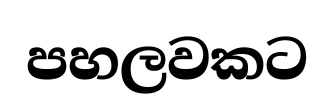
පහලවකට